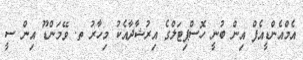
އެމްއެންޑީއެފް އިން ބުނީ ހޮސްޕިޓަލްގެ އިރުޝާދާއެކު މިހާރު ތ. ވޭމަންޑޫ އިން ސީ